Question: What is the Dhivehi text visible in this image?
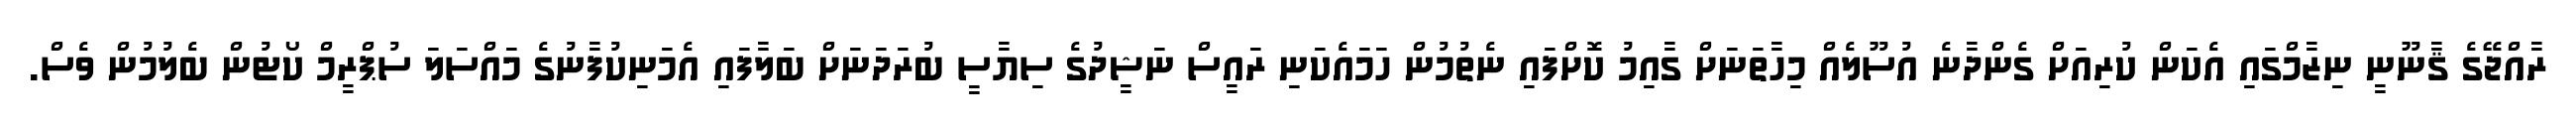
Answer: ރާއްޖޭގެ ޤާނޫނީ ނިޒާމްގައި އެކަން ކުރިއަށް ގެންދާނެ އުސޫލެއް މިހާތަނަށް ގާއިމު ކޮށްފައި ނެތުމުން ހަމައެކަނި ރައީސް ނަޝީދުގެ ސިޔާސީ ބުރަދަނަށް ބަލާފައި އެމަނިކުފާނުގެ މައްސަލަ ސުޕްރީމް ކޯޓުން ބެލުމުން ވެސް.